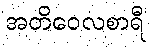
အတိဝေလစာရီ